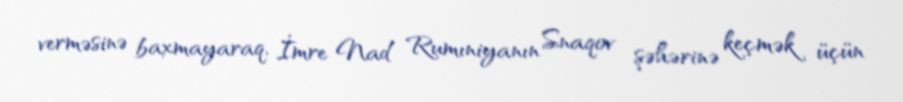
verməsinə baxmayaraq, İmre Nad Rumıniyanın Snaqov şəhərinə keçmək üçün